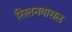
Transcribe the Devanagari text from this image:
सितनवासल